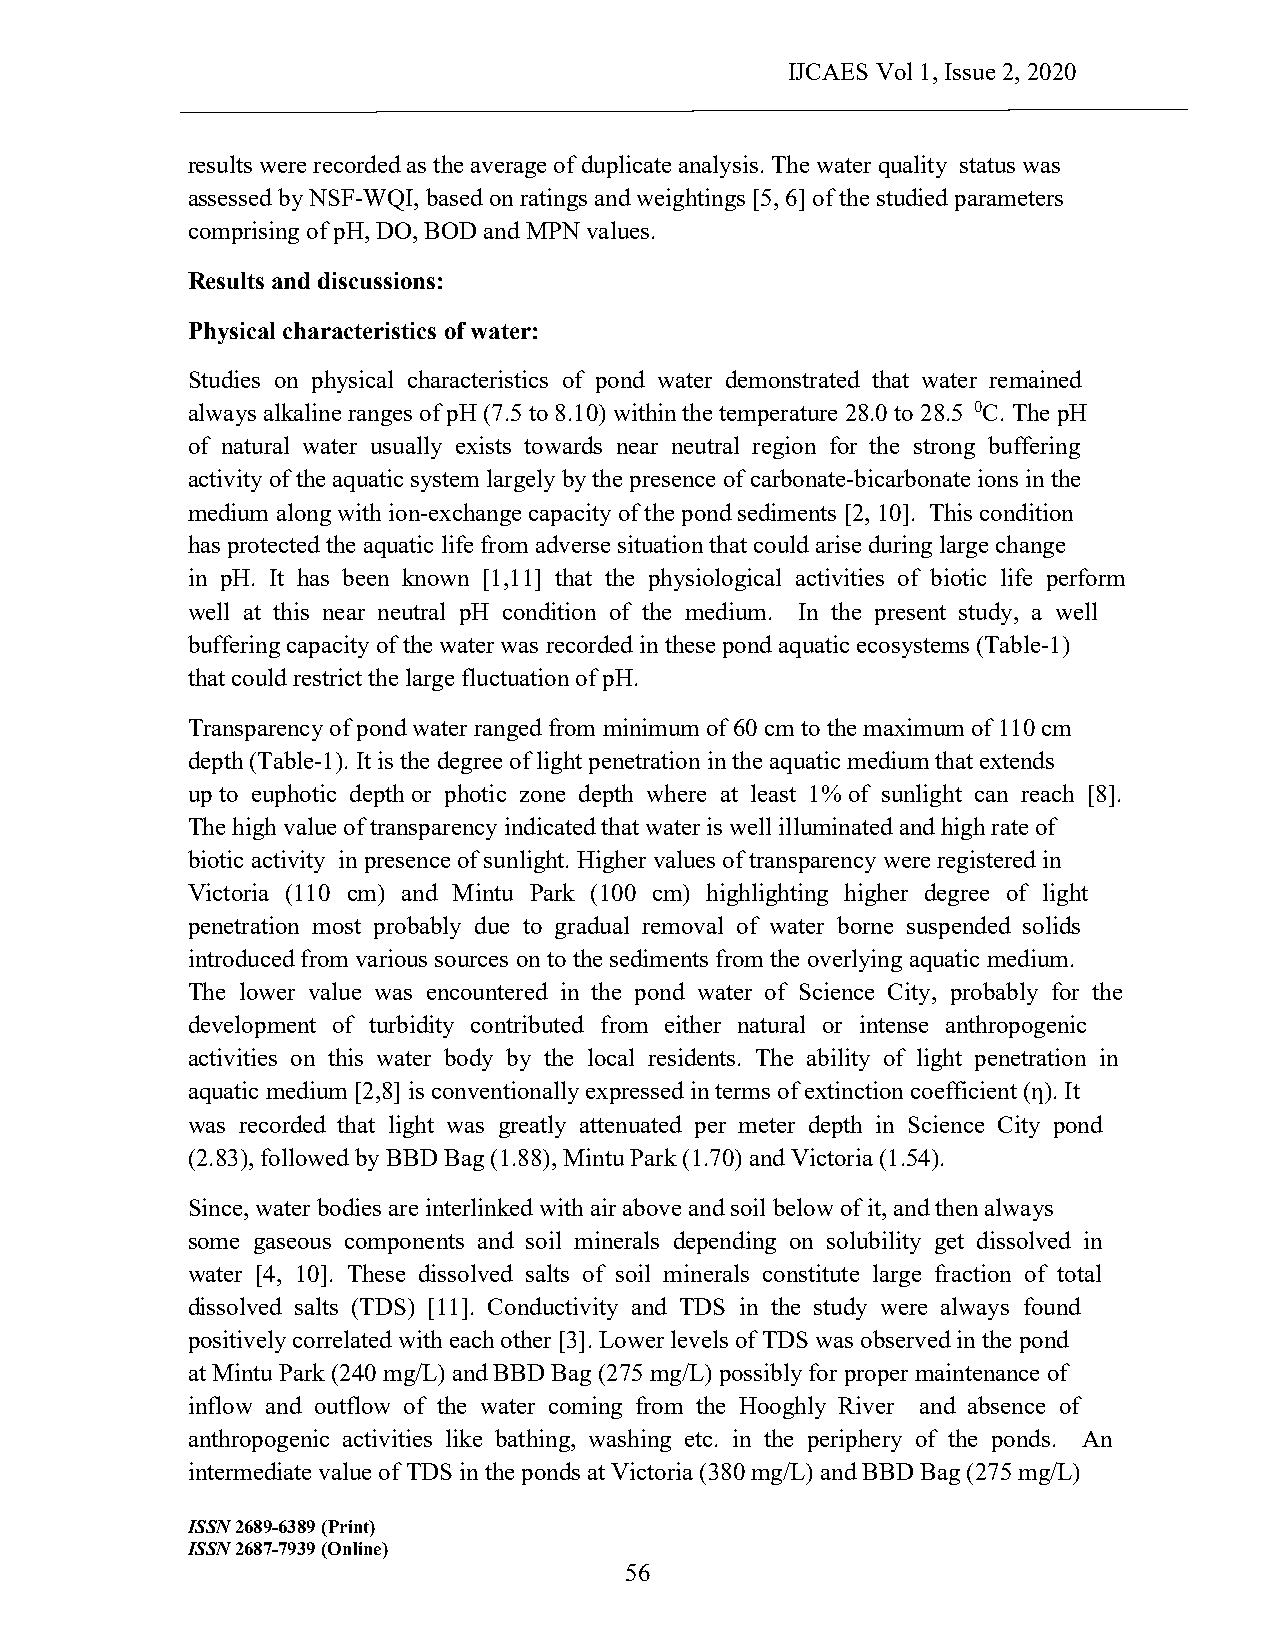
IJCAES Vol 1, Issue 2, 2020
 results were recorded as the average of duplicate analysis. The water quality status was
 assessed by NSF-WQI, based on ratings and weightings [5, 6] of the studied parameters
 comprising of pH, DO, BOD and MPN values.
 Results and discussions:
 Physical characteristics of water:
 Studies on physical characteristics of pond water demonstrated that water remained
 always alkaline ranges of pH (7.5 to 8.10) within the temperature 28.0 to 28.5 0C. The pH
 of natural water usually exists towards near neutral region for the strong buffering
 activity of the aquatic system largely by the presence of carbonate-bicarbonate ions in the
 medium along with ion-exchange capacity of the pond sediments [2, 10]. This condition
 has protected the aquatic life from adverse situation that could arise during large change
 in pH. It has been known [1,11] that the physiological activities of biotic life perform
 well at this near neutral pH condition of the medium. In the present study, a well
 buffering capacity of the water was recorded in these pond aquatic ecosystems (Table-1)
 that could restrict the large fluctuation of pH.
 Transparency of pond water ranged from minimum of 60 cm to the maximum of 110 cm
 depth (Table-1). It is the degree of light penetration in the aquatic medium that extends
 up to euphotic depth or photic zone depth where at least 1% of sunlight can reach [8].
 The high value of transparency indicated that water is well illuminated and high rate of
 biotic activity in presence of sunlight. Higher values of transparency were registered in
 Victoria (110 cm) and Mintu Park (100 cm) highlighting higher degree of light
 penetration most probably due to gradual removal of water borne suspended solids
 introduced from various sources on to the sediments from the overlying aquatic medium.
 The lower value was encountered in the pond water of Science City, probably for the
 development of turbidity contributed from either natural or intense anthropogenic
 activities on this water body by the local residents. The ability of light penetration in
 aquatic medium [2,8] is conventionally expressed in terms of extinction coefficient (ƞ). It
 was recorded that light was greatly attenuated per meter depth in Science City pond
 (2.83), followed by BBD Bag (1.88), Mintu Park (1.70) and Victoria (1.54).
 Since, water bodies are interlinked with air above and soil below of it, and then always
 some gaseous components and soil minerals depending on solubility get dissolved in
 water [4, 10]. These dissolved salts of soil minerals constitute large fraction of total
 dissolved salts (TDS) [11]. Conductivity and TDS in the study were always found
 positively correlated with each other [3]. Lower levels of TDS was observed in the pond
 at Mintu Park (240 mg/L) and BBD Bag (275 mg/L) possibly for proper maintenance of
 inflow and outflow of the water coming from the Hooghly River and absence of
 anthropogenic activities like bathing, washing etc. in the periphery of the ponds. An
 intermediate value of TDS in the ponds at Victoria (380 mg/L) and BBD Bag (275 mg/L)
 ISSN 2689-6389 (Print)
 ISSN 2687-7939 (Online)
 56